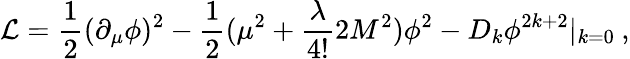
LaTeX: {\cal L}=\frac{1}{2}(\partial_{\mu}\phi)^{2}-\frac{1}{2}(\mu^{2}+\frac{\lambda}{4!}2M^{2})\phi^{2}-D_{k}\phi^{2k+2}|_{k=0}\: ,